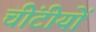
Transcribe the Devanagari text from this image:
चींटीयों